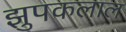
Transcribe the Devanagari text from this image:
झुपकलाल